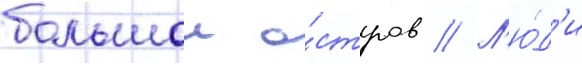
большои о́стров // Л'ю́д'и